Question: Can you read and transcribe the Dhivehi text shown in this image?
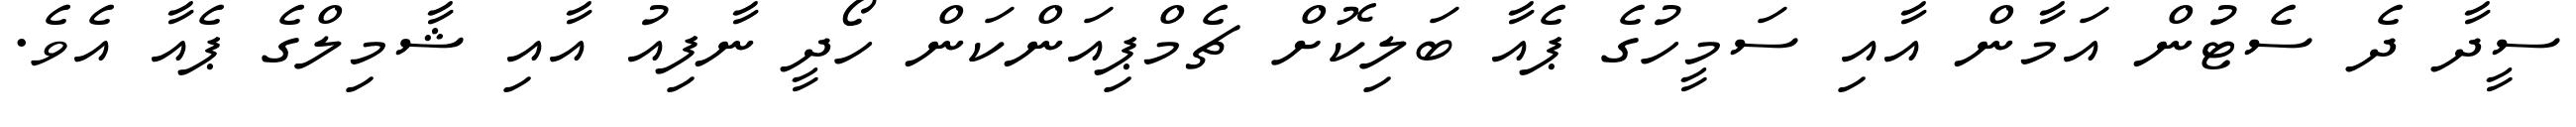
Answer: ސީދާ ދެ ސެޓުން އަމާން އާއި ސަމީހުގެ ޕެއާ ބަލިކޮށް ޗެމްޕިއަންކަން ހޯދީ ނާފިއު އާއި ޝާމިލްގެ ޕެއާ އެވެ.